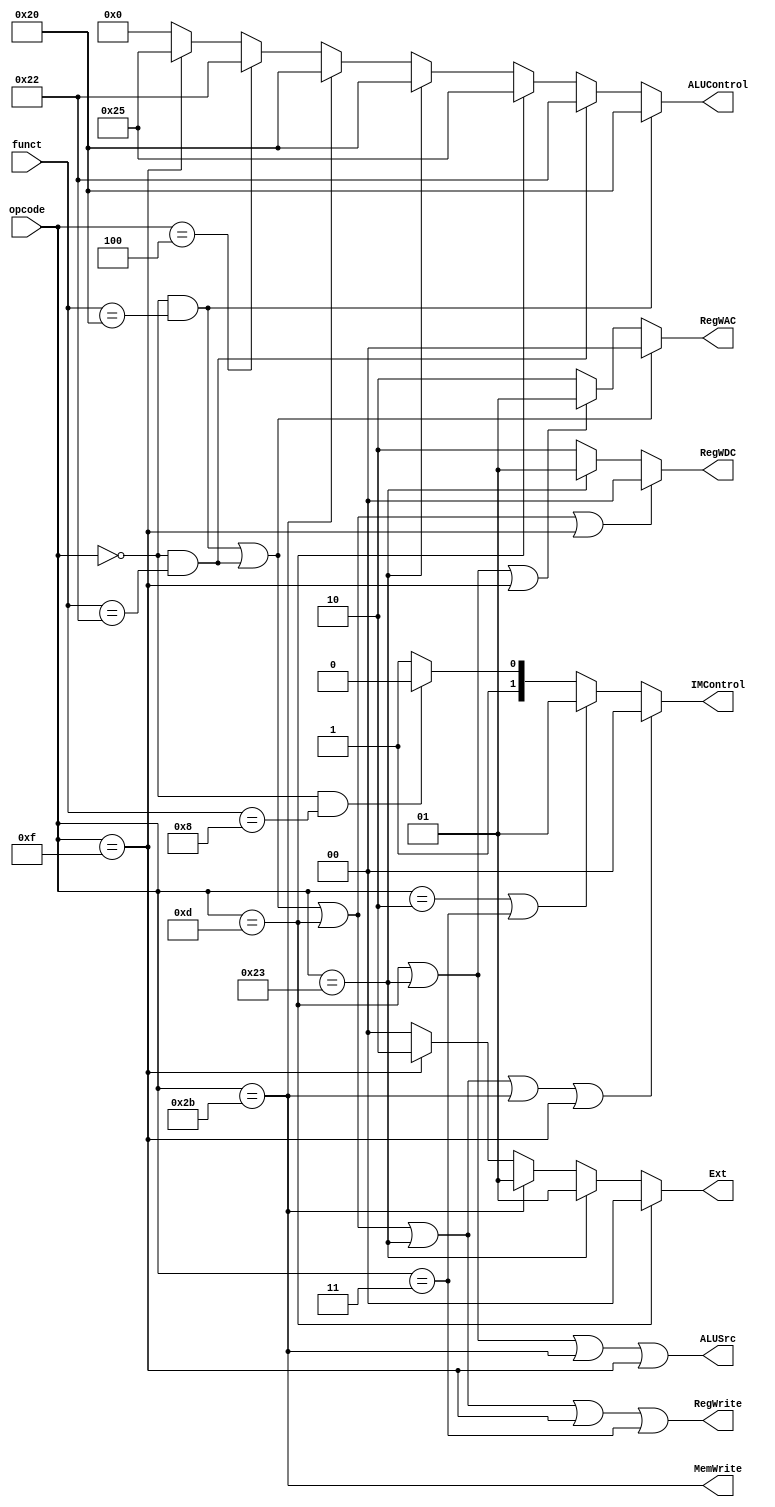
`timescale 1ns / 1ps
`default_nettype none

module Controller(
    input wire [5:0] opcode,
    input wire [5:0] funct,
    output wire [1:0] IMControl,
    output wire [1:0] RegWAC,
    output wire [1:0] RegWDC,
    output wire RegWrite,
    output wire MemWrite,
    output wire ALUSrc,
    output wire [5:0] ALUControl,
    output wire [1:0] Ext
    );
    wire add, sub, ori, lw, sw, beq, lui, j, jal, jr;
    assign add = (opcode == 6'b0 && funct == 6'b100000);
    assign sub = (opcode == 6'b0 && funct == 6'b100010);
    assign ori = (opcode == 6'b001101);
    assign lw  = (opcode == 6'b100011);
    assign sw  = (opcode == 6'b101011);
    assign beq = (opcode == 6'b000100);
    assign lui = (opcode == 6'b001111);
    assign j   = (opcode == 6'b000010);
    assign jal = (opcode == 6'b000011);
    assign jr  = (opcode == 6'b0 && funct == 6'b001000);

    assign IMControl = (add || sub || ori || lw || sw || lui) ? 2'b00 : // PC + 4
                       (j || jal) ? 2'b01 : 
                       jr ? 2'b10 : 2'b11;
    assign RegWAC = (add || sub) ? 2'b00 : // Instr[15:11]
                    (ori || lw || lui)  ? 2'b01 : // Instr[20:16]
                    2'b10; // jal 11111
    assign RegWDC = (add || sub || ori || lui) ? 2'b00 : // ALU:out
                    (lw) ? 2'b01 : // DM:RD
                    2'b10; // PC_Calc:PC4
    assign RegWrite = (add || sub || ori || lw || lui || jal);
    assign MemWrite = sw;
    assign ALUSrc = (ori || lw || sw || lui);
    assign ALUControl = add ? 6'b100000 :
                        sub ? 6'b100010 :
                        ori ? 6'b100101 :
                        lw  ? 6'b100000 : 
                        sw  ? 6'b100000 : 
                        beq ? 6'b100010 :
                        lui ? 6'b100101 :
                        j   ? 6'b000000 :
                        jal ? 6'b000000 :
                        jr  ? 6'b000000 : 6'b000000;
    assign Ext = ori ? 2'b00 : // zero_ext
                 lw  ? 2'b01 : // sign_ext
                 sw  ? 2'b01 : // sign_ext
                 lui ? 2'b10 : // lui
                 2'b00; 
endmodule